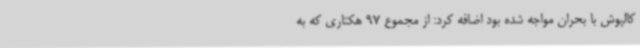
کالپوش با بحران مواجه شده بود اضافه کرد: از مجموع 97 هکتاری که به